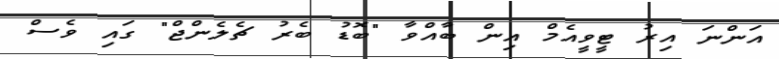
އަންނަ އިރު ޓީވީއެމް އިން ބާއްވާ "ބޮޑު ބެރު ޗެލެންޖް" ގައި ވެސް